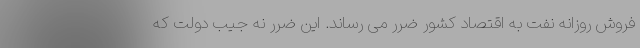
فروش روزانه نفت به اقتصاد کشور ضرر می رساند. این ضرر نه جیب دولت که